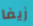
زيفا